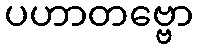
ပဟာတဗ္ဗော